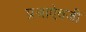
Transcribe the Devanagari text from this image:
प्रश्नाऐवजी